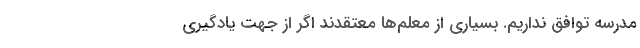
مدرسه توافق نداریم. بسیاری از معلم‌ها معتقدند اگر از جهت یادگیری